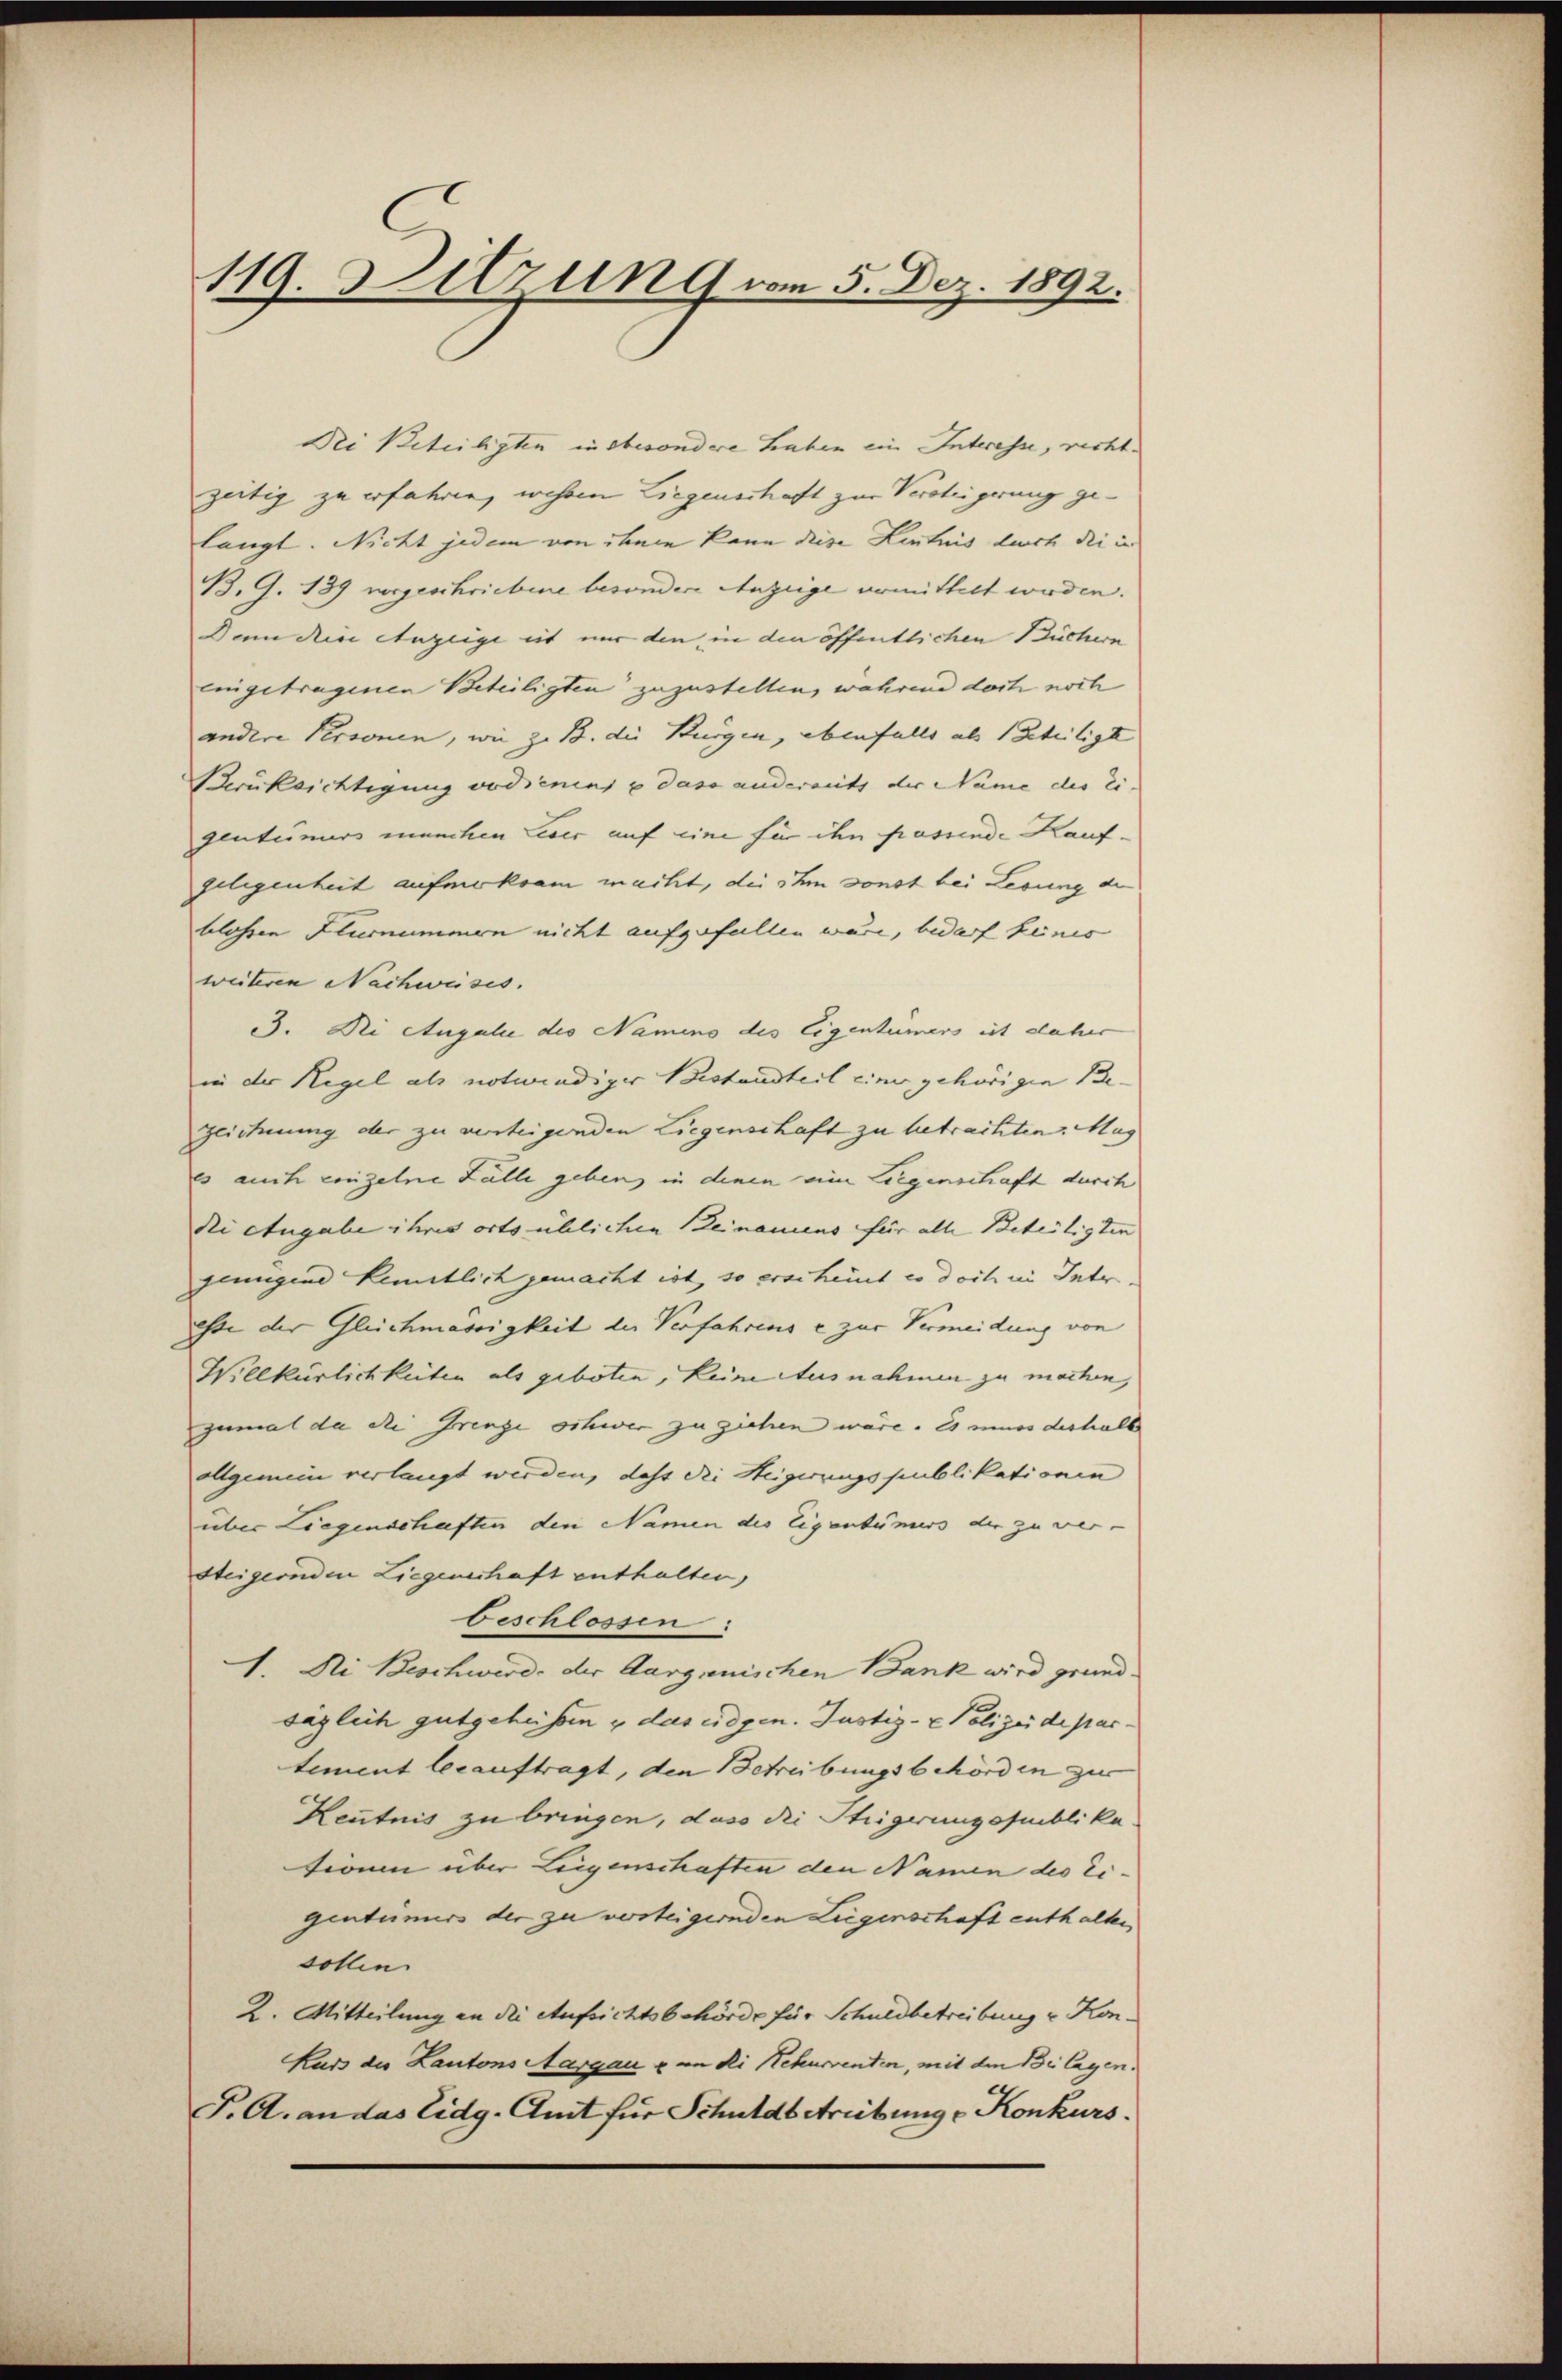
119. Sitzung vom 5. Dez. 1892.

Dei Beteiligten insbesondere haben ein Interesse, rechtzeitig zu erfahren, wesen Liegenschaft zur Versteigerung gelangt. Nicht jedem von ihnen kann diese Lentnis durch die in
B. G. 139 vorgeschriebene besondere Anzeige ermittelt werden.
Dan die Anzeige et nur den in den öffentlichen Büchern
eingetragenen Beteiligten zuzustellen, während doch noch
andere Personen, wie zu B. die Bürgen, ebenfalls als geteiligt
Berüksichtigung vodienens u dass andereits der Name des Ei-
gentümers manchen weder auf eine für ihn passende Kaufgelegenheit aufmerksam macht, die ihm sonst bei Lesung de
blossen Flurummen nicht aufgefallen wäre, bedarf keines
weiteren Nachweises.
3. Dei Augale des Nameno des Eigentümers ist daher
in der Regel als notwendiger Bestandteil einer gehörigen Be-
zeichnung der zu versteigenden Liegenschaft zu betrachten. Mag
es auch einzelne Fälle geben, in denen eine Liegenschaft durch
die Angabe ihres orts üblichen Zeinamens für alle Beteiligten
jenigene Kenntlich gemacht ist, so erscheint es doch in Intr.
esse der Gleichmässigkeit der Verfahrens c zur Vermeidung von
Willkürlichkeiten als geboten, keine Ausnahmen zu machen,
zumal da die Grenze schwer zu ziehen wäre. Es minos deshalb
allgemein verlangt werden, daß die Heigerungspublikationen
über Liegenschaften den Namen die Eigentümers der zu ver-
Steigernden Liegenschaft enthalten,
beschlossen:
1. Ni Beschwerde der Aarganischen Bank wird grund.
säglich gutgeheissen u das eidgen. Justiz- & Polizeide pastement leeauftragt, den Betreibungsbehörden zur
Kentnis zu bringen, dass die Steigerungspublika
tionen über Leigenschaften den Namen des Eigentümers der zu versteigernden Liegenschaft enthalten,
sollen.
2. Mitteilung an die Aufsichtsbehörde für Schuldbetreibung v. Kon¬
Kuss des Kantons Aargau & an die Rekurrenten, mit den Beilagen.
J. A. an das Eidg. Amt für Schuldbetreibung u Konkurs.